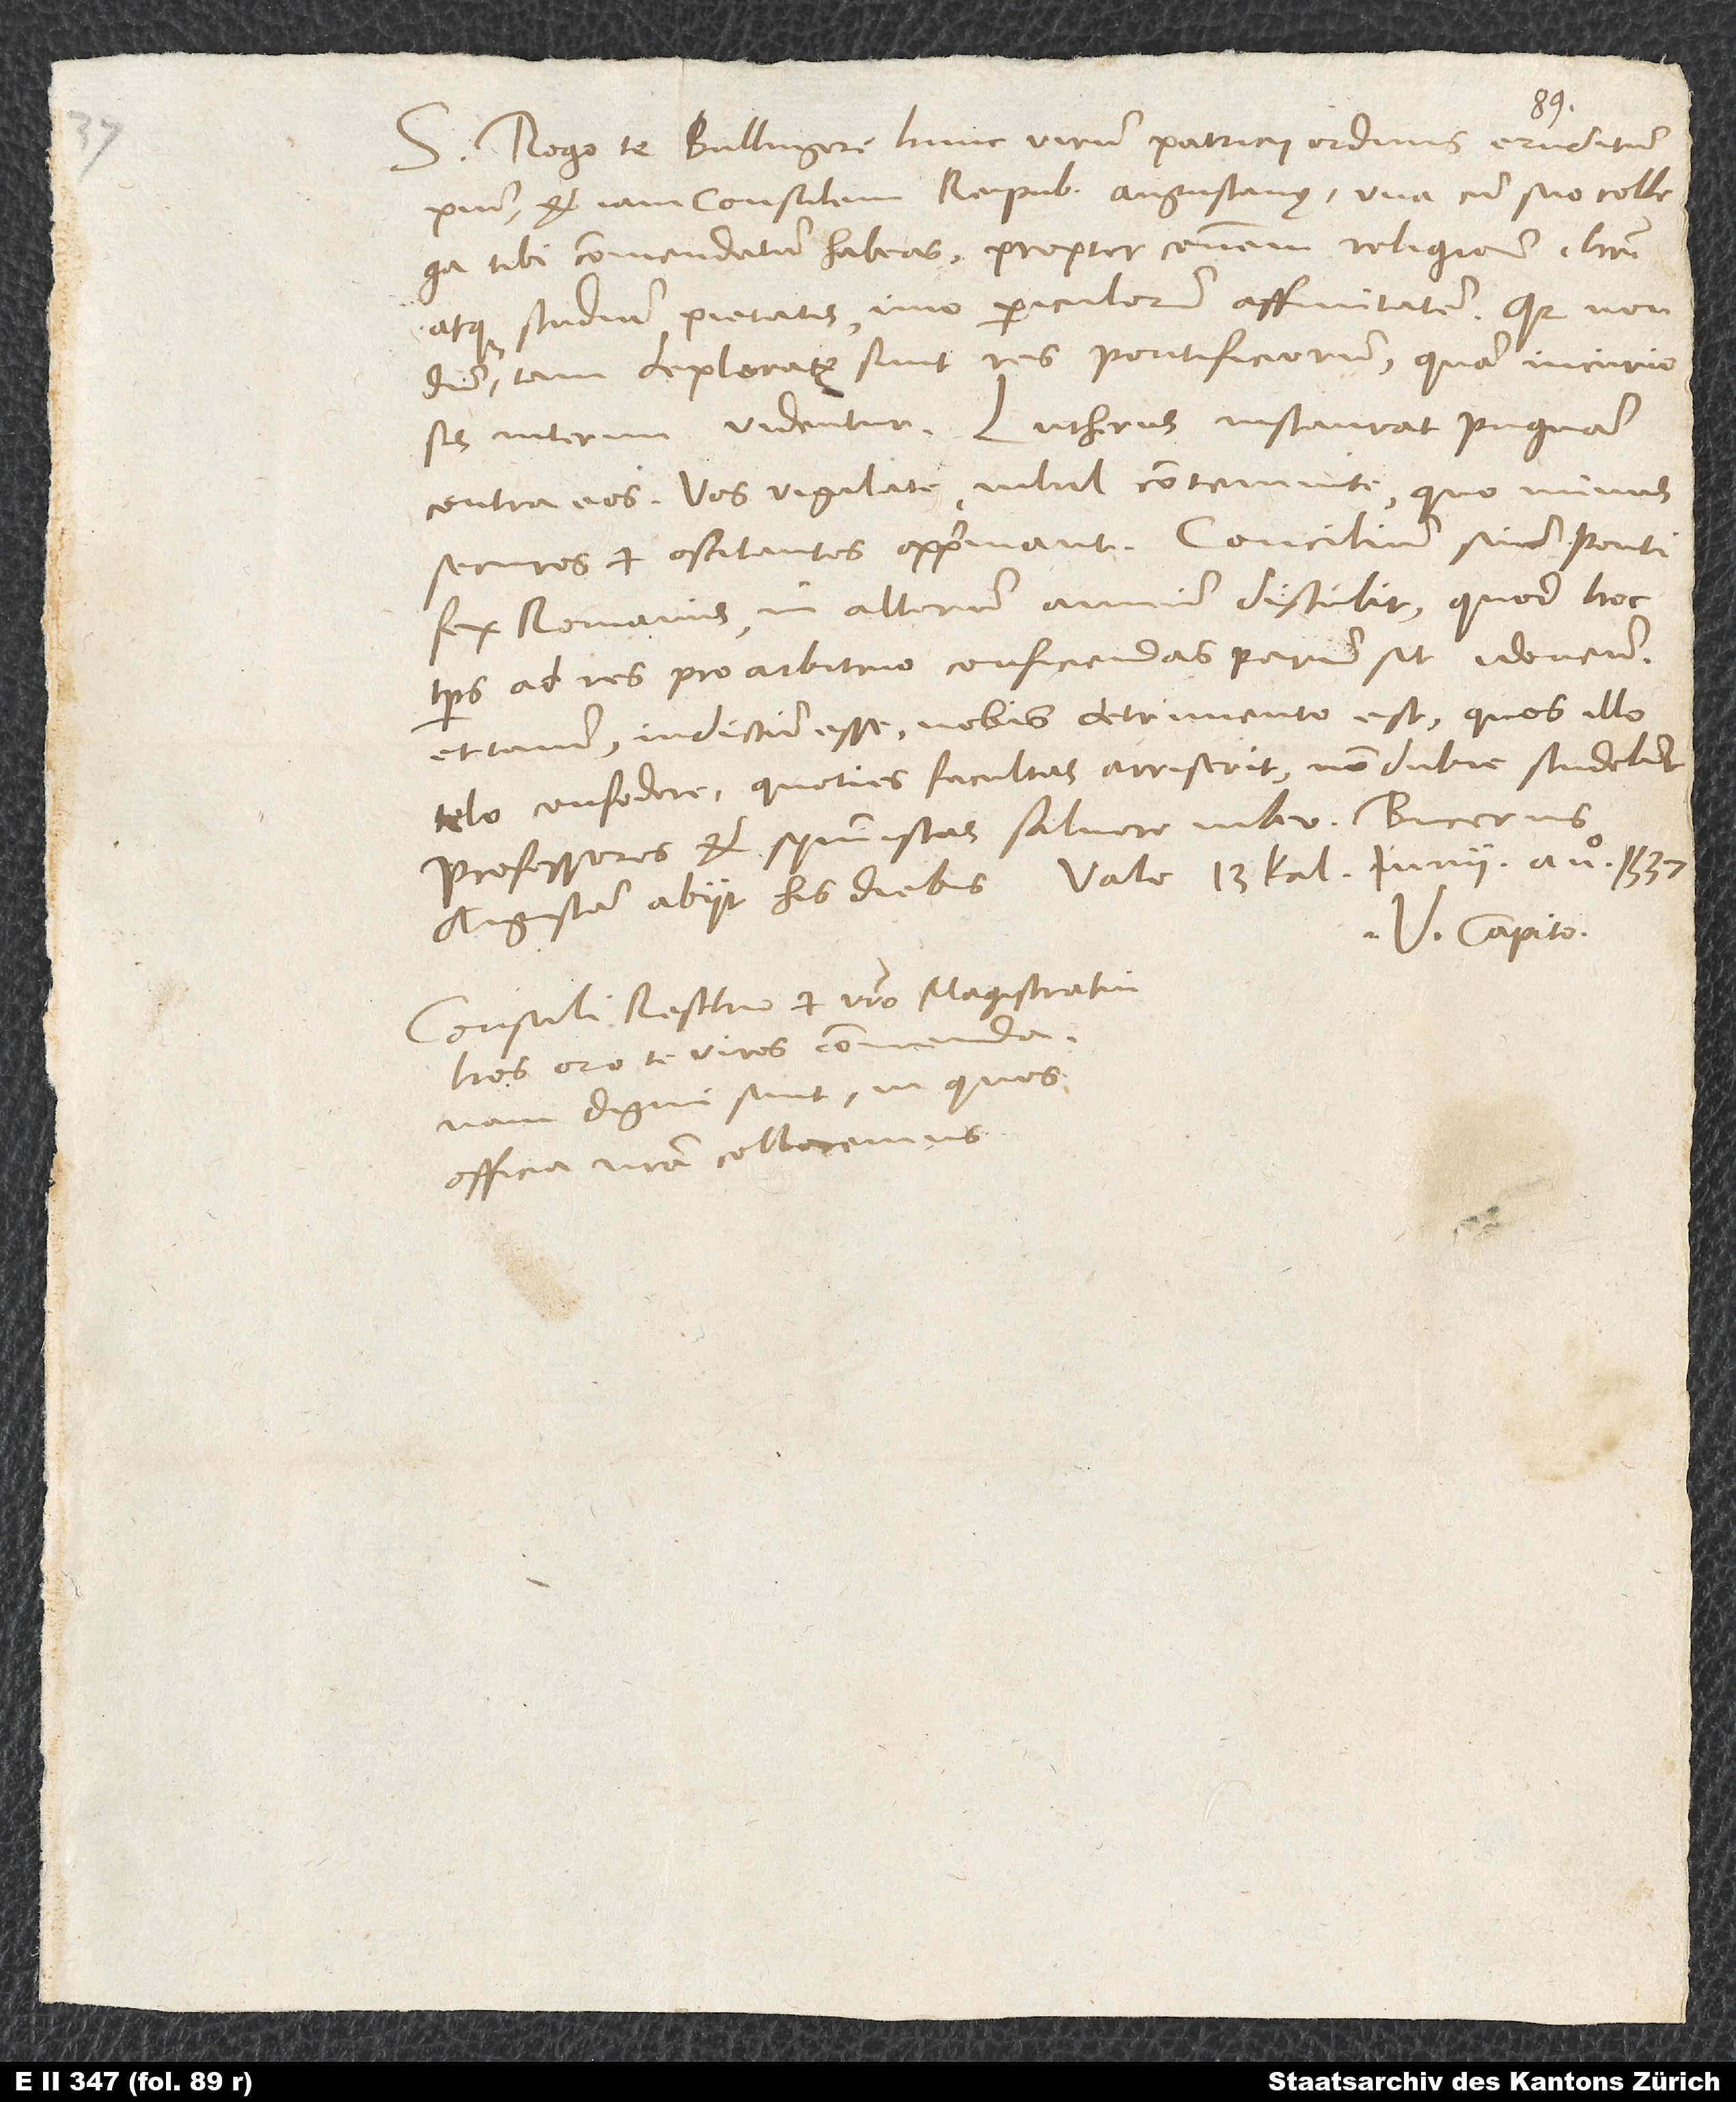
S. Rogo te, Bullingere, hunc virum patricii ordinis, eruditum,
pium et iam consulem reipublicę Augustanae, una cum suo collega
tibi commendatum habeas propter communem religionem Christi
atque studium pietatis, imo periculorum affinitatem, quia nondum
tam deploratę sunt res pontificiorum, quam incuriosis
interim videntur. Lutherus instaurat pugnam
contra eos. Vos vigilate, nihil contemnite, quo minus
securos et oscitantes opprimant. Concilium suum pontifex
Romanus in alterum annum distulit, quod hoc
tempus ad res pro arbitrio conficiendas parum sit idoneum,
et tamen indictum esse nobis detrimento est, quos illo
telo confodere, quoties facultas arriserit, non dubie studebit.
Professores et symmistas salvere iubeo. Bucerus
Augustam abiit his diebus. Vale. 13. kalendas iunii anno 1537.
V. Capito.
Consuli Resthio et vestro magistratui
hos, oro te, viros commenda;
nam digni sunt, in quos
officia nostra collocemus.